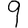
Digit: 9